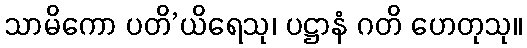
သာမိကော ပတိ’ယိရေသု၊ ပဋ္ဌာနံ ဂတိ ဟေတုသု။